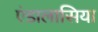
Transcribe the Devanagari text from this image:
एंडालासिया